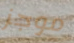
موجز